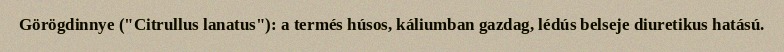
Görögdinnye ("Citrullus lanatus"): a termés húsos, káliumban gazdag, lédús belseje diuretikus hatású.